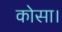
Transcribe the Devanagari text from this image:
कोसा।